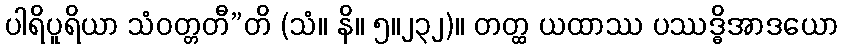
ပါရိပူရိယာ သံဝတ္တတီ”တိ (သံ။ နိ။ ၅။၂၃၂)။ တတ္ထ ယထာဿ ပဿဒ္ဓိအာဒယော